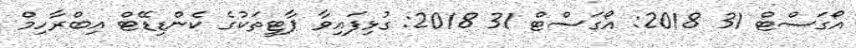
އޯގަސްޓް 31 2018: އޯގަސްޓް 31 2018: ގުޅިފައިވާ ޕާޓީތަކުގެ ކެންޑިޑޭޓް އިބްރާހިމް